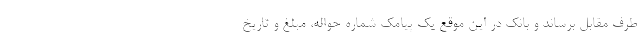
طرف مقابل برساند و بانک در این موقع یک پیامک شماره حواله، مبلغ و تاریخ